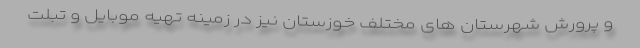
و پرورش شهرستان های مختلف خوزستان نیز در زمینه تهیه موبایل و تبلت